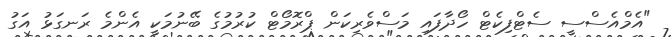
"އެމްއެސްސީ ސެޓްފިކެޓް ހޯދާފައި މަސްވެރިކަން ޕްރޮމޯޓް ކުރުމުގެ ބޭނުމަކީ އެންމެ ރަނގަޅު އަގު